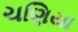
ચણિયા